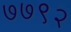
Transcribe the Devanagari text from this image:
७७९२